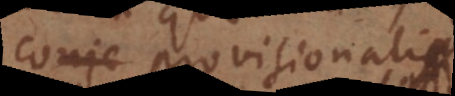
conje provisionalis